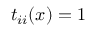
t _ { i i } ( x ) = 1